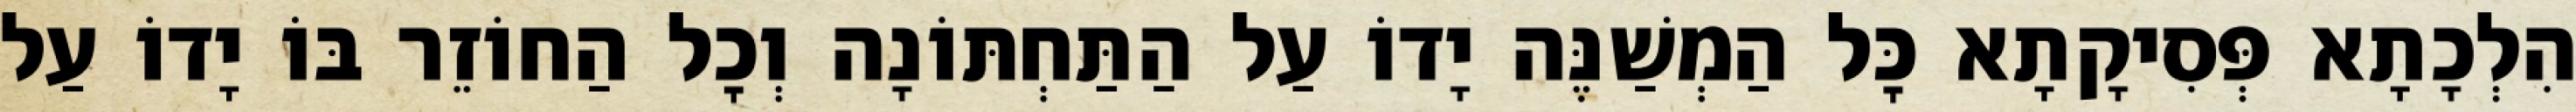
הִלְכָתָא פְּסִיקָתָא כׇּל הַמְשַׁנֶּה יָדוֹ עַל הַתַּחְתּוֹנָה וְכׇל הַחוֹזֵר בּוֹ יָדוֹ עַל